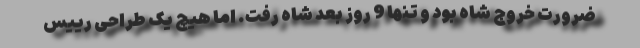
ضرورت خروج شاه بود و تنها 9 روز بعد شاه رفت. اما هیچ یک طراحی رییس